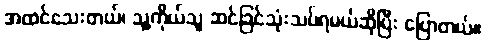
အထင်သေးတယ်၊ သူ့ကိုယ်သူ ဆင်ခြင်သုံးသပ်ရမယ်ဆိုပြီး ပြောတယ်။